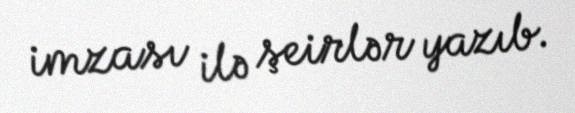
imzası ilə şeirlər yazıb.